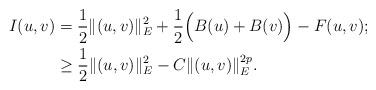
LaTeX: \begin{align*}I(u,v)&=\frac{1}{2}\|(u,v)\|_{E}^{2}+\frac{1}{2}\Big(B(u)+B(v)\Big)-F(u,v);\\&\geq\frac{1}{2}\|(u,v)\|_{E}^{2}-C\|(u,v)\|_{E}^{2p}.\end{align*}